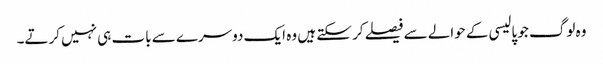
وہ لوگ جو پالیسی کے حوالے سے فیصلے کر سکتے ہیں وہ ایک دوسرے سے بات ہی نہیں کرتے۔